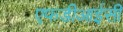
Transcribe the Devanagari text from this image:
एफडीआईसी